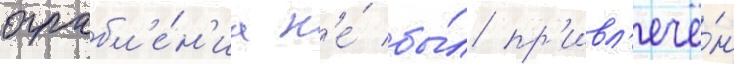
ограбл'е́н'иа н'е́ бы́л пр'ивл'ечё́н